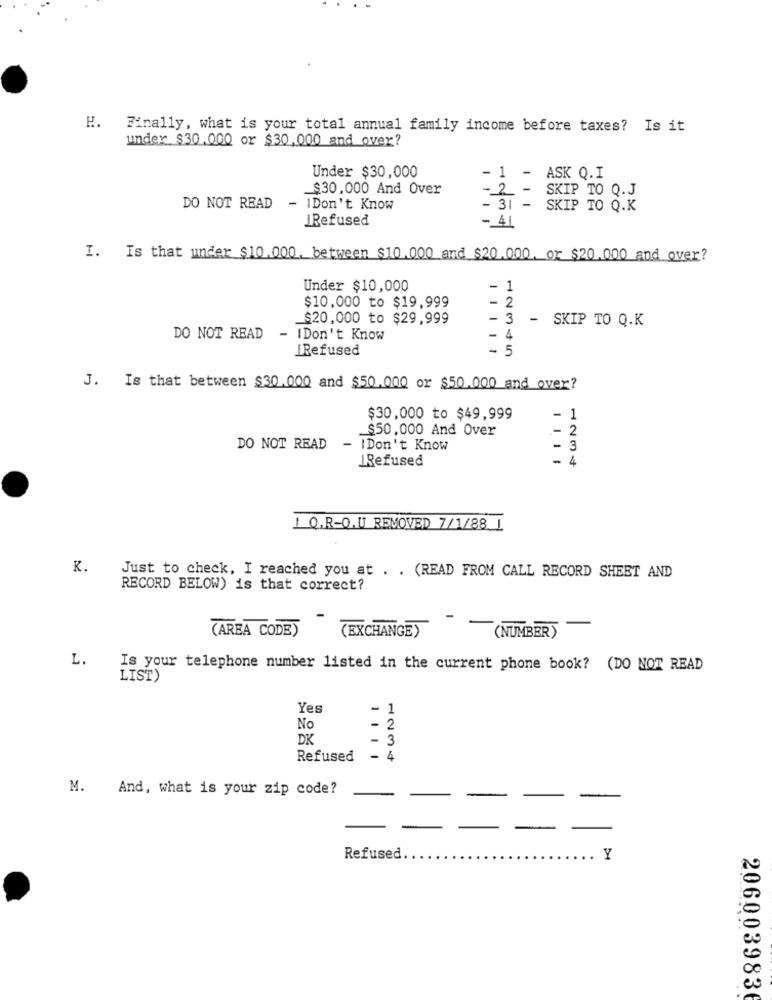
H. Finally, what is your total annual family income before taxes? Is it
under $30.000 or $30,000 and over?
Under $30,000
- 1 -
ASK Q.I
_$30,000 And Over
-2 -
SKIP TO Q.J
- 31 -
DO NOT READ - IDon't Know
SKIP TO Q.K
IRefused
-_ 41
I. Is that under $10.000. between $10.000 and $20.000. or $20.000 and over?
Under $10,000
- 1
$10,000 to $19,999
- 2
_$20,000 to $29,999
- 3 - SKIP TO Q.K
DO NOT READ
- IDon't Know
- 4
IRefused
- 5
J. Is that between $30.000 and $50.000 or $50.000 and over?
$30,000 to $49,999
- 1
_$50,000 And Over
.- 2
DO NOT READ
- IDon't Know
- 3
IRefused
-
4
Q.R-O.U REMOVED 7/1/88 1
K.
Just to check, I reached you at . . (READ FROM CALL RECORD SHEET AND
RECORD BELOW) is that correct?
(AREA CODE)
(EXCHANGE)
(NUMBER)
L.
Is your telephone number listed in the current phone book? (DO NOT READ
LIST)
Yes
- 1
No
- 2
DK
- 3
Refused
- 4
M. And, what is your zip code?
-
Refused.
Y
2060039836